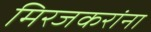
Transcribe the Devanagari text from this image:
मिरजकरांना